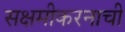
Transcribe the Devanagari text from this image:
सक्षमीकरनाची